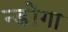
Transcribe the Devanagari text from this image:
न्डोंगा